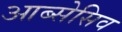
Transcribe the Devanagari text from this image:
आब्सेसिव